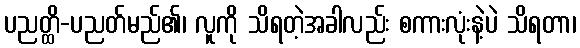
ပညတ္ထိ-ပညတ်မည်၏၊ လူကို သိရတဲ့အခါလည်း စကားလုံးနဲ့ပဲ သိရတာ၊